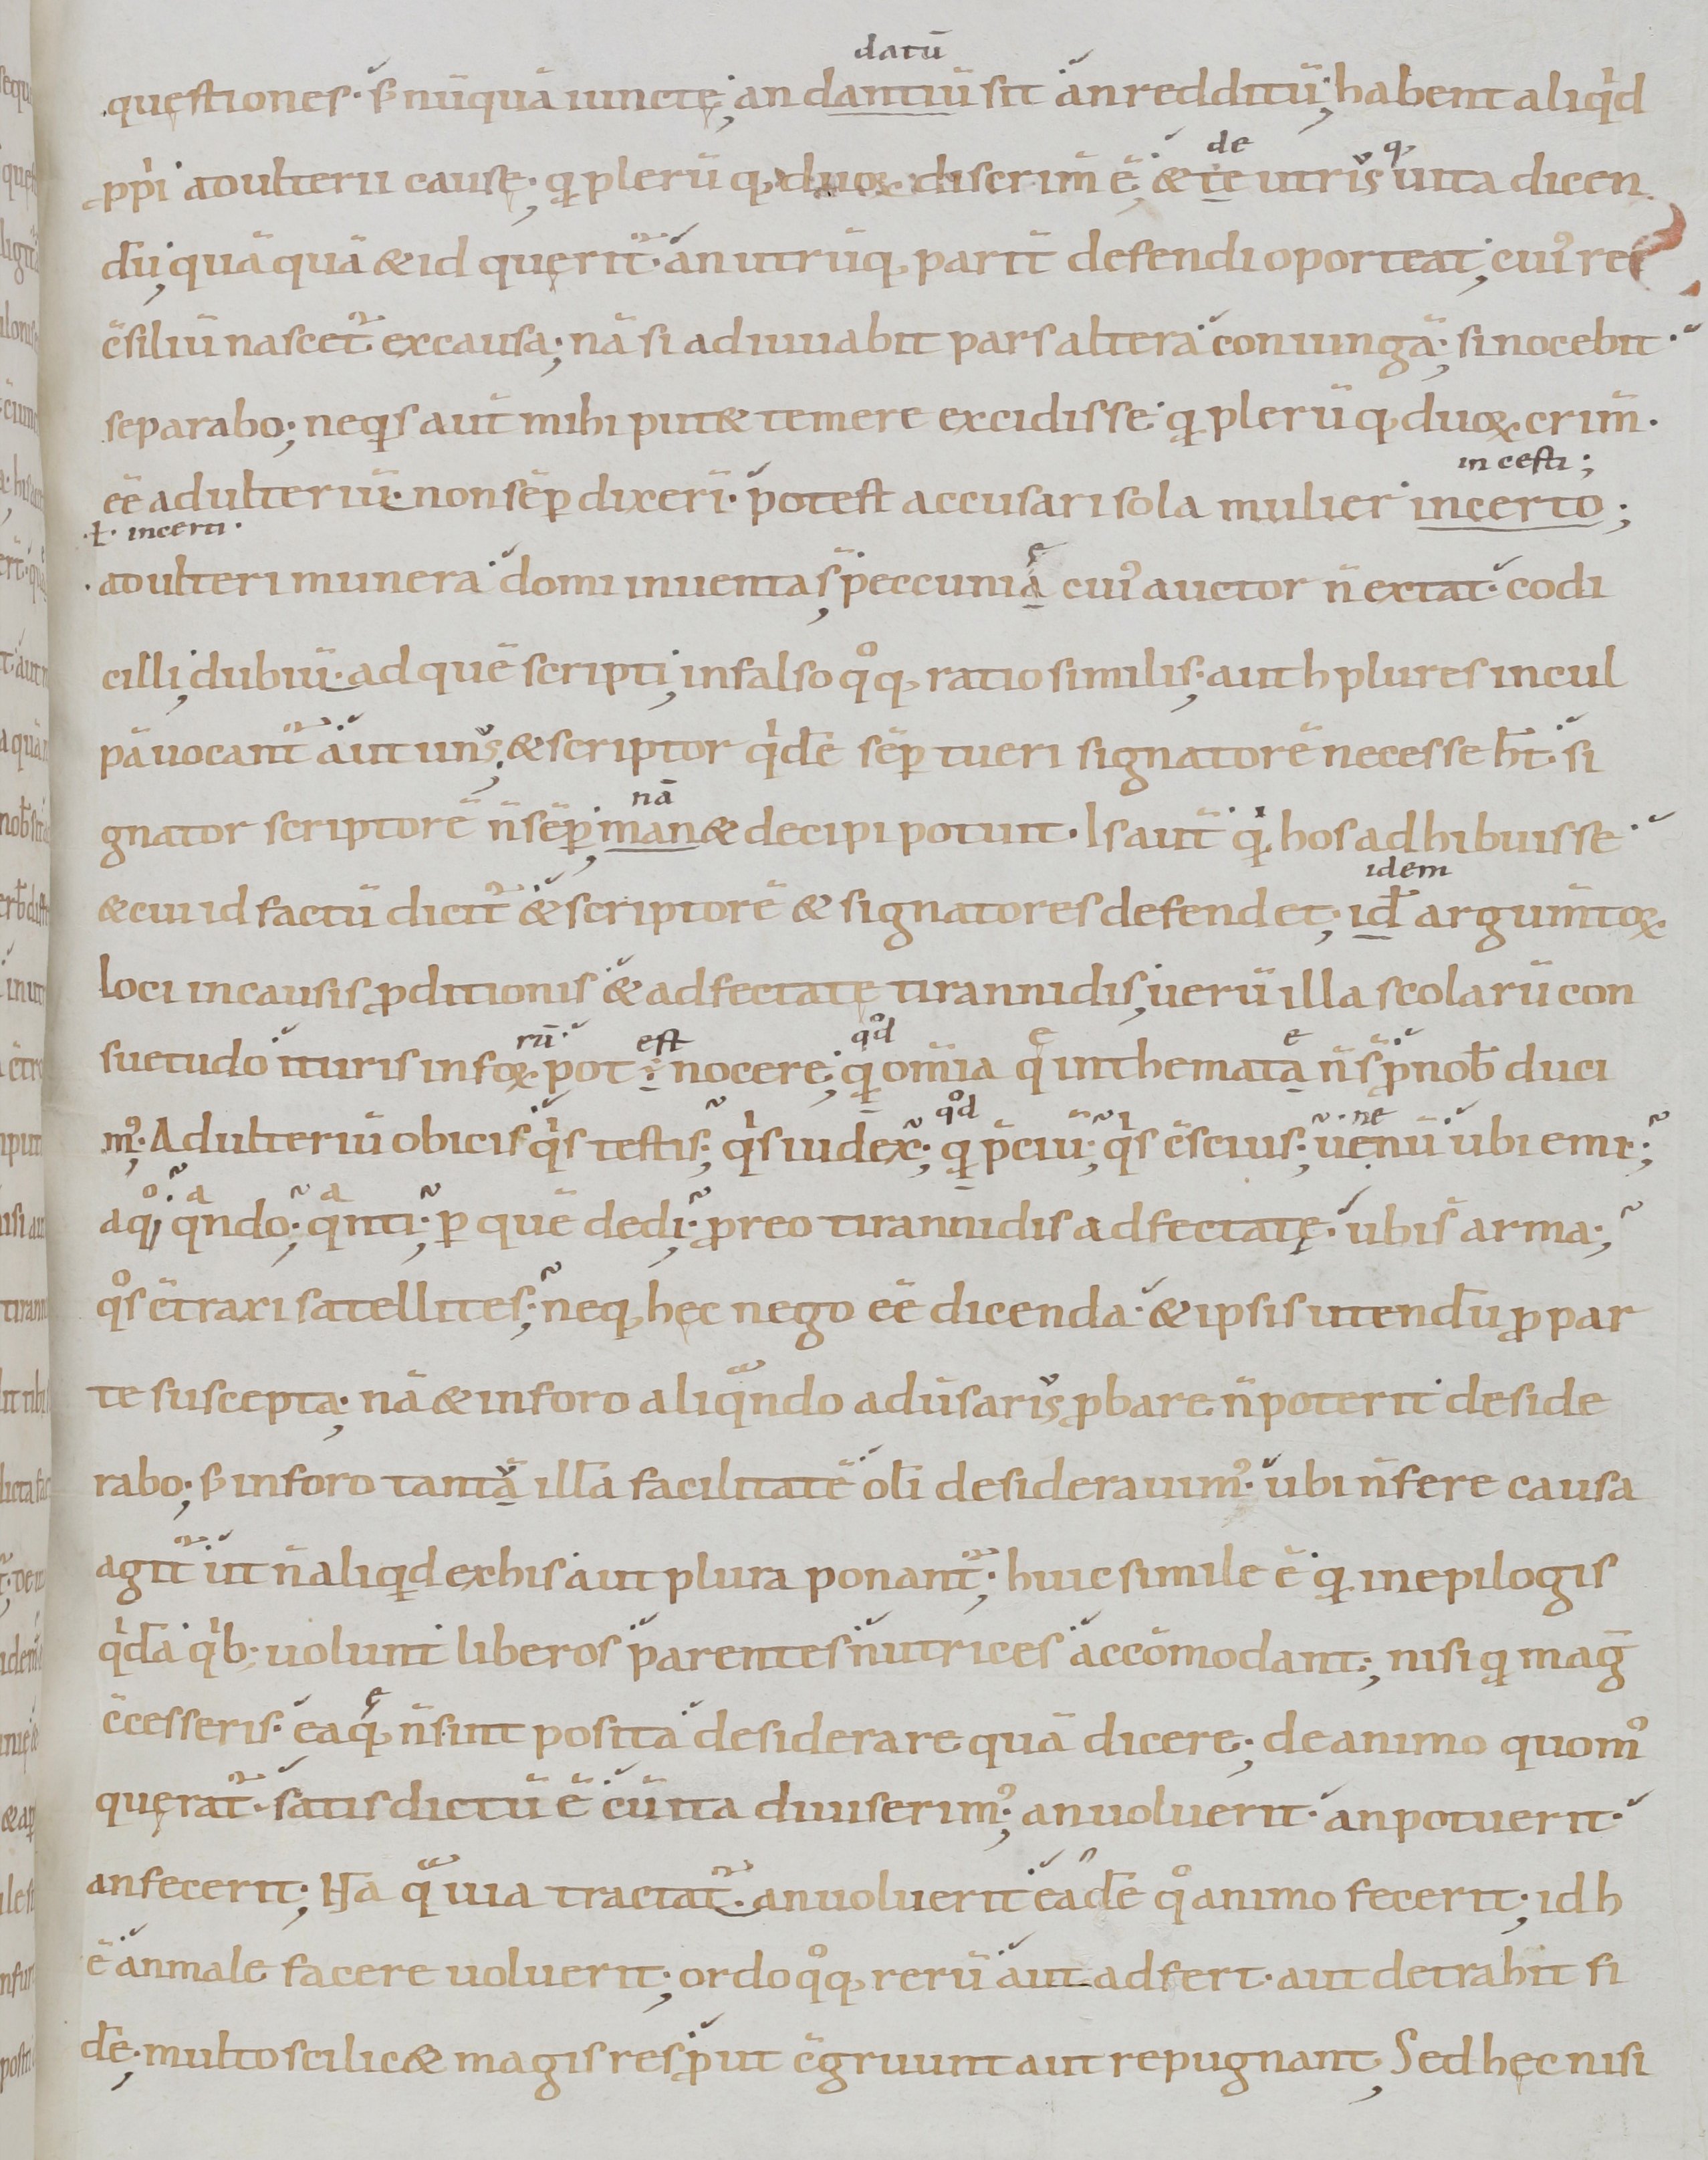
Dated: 900–1099